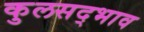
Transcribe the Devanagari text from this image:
कुलसद्भाव